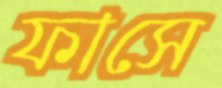
ফাসে